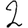
Digit: 2